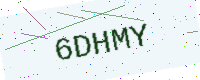
Text: 6DHMY